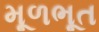
મૂળભૂત